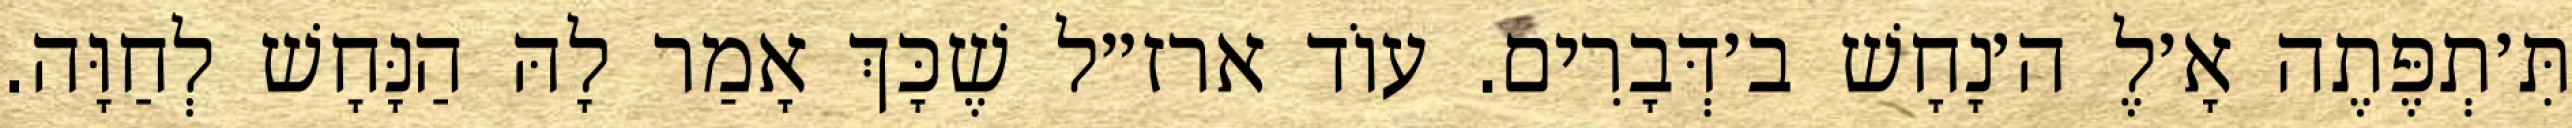
תִּ׳תְפֶּתֶה אָ׳לֶ ה׳נָחָשׁ ב׳דְּבָרִים. עוֹד ארז״ל שֶׁכָּךְ אָמַר לָהּ הַנָּחָשׁ לְחַוָּה.